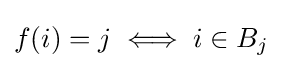
f(i)=j\iff i\in B_{j}